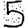
Digit: 5